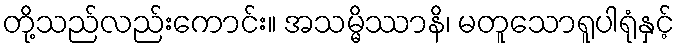
တို့သည်လည်းကောင်း။ အသမ္မိဿာနိ၊ မတူသောရူပါရုံနှင့်